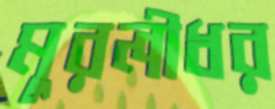
মুরলীধর